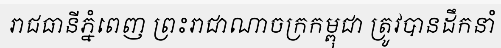
រាជធានីភ្នំពេញ ព្រះរាជាណាចក្រកម្ពុជា ត្រូវបានដឹកនាំ